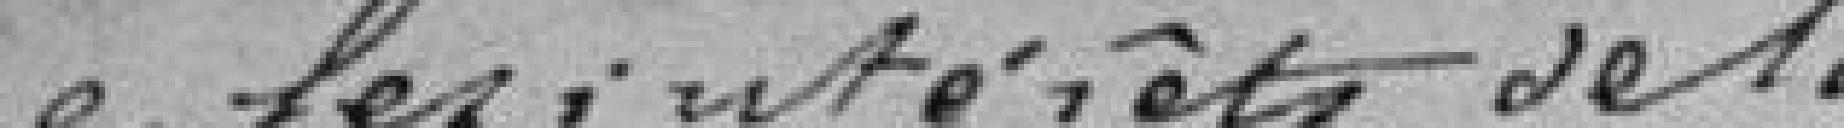
que les intérêts de la